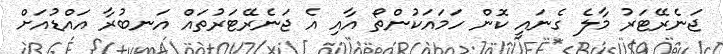
ޖަނެރޭޓަރު މާލެ ގެނައީ ކޮން ހަމައަކުންތޯ އާއި އެ ޖަނެރޭޓަރުތައް އަނބުރާ އައްޑުއަށް